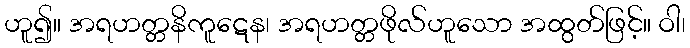
ဟူ၍။ အရဟတ္တနိကူဋေန၊ အရဟတ္တဖိုလ်ဟူသော အထွတ်ဖြင့်။ ဝါ၊